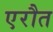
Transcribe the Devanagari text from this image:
एरौत